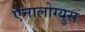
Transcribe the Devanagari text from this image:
ऐनालोग्युस